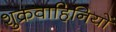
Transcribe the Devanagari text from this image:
शुक्रवाहिनियों